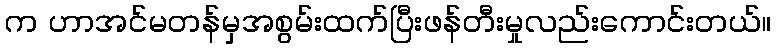
က ဟာအင်မတန်မှအစွမ်းထက်ပြီးဖန်တီးမှုလည်းကောင်းတယ်။